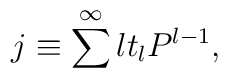
j \equiv \sum^{\infty}lt_{l}P^{l-1},